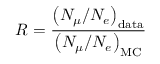
R = \frac { \left( { N _ { \mu } } / { N _ { e } } \right) _ { \mathrm { d a t a } } } { \left( { N _ { \mu } } / { N _ { e } } \right) _ { \mathrm { M C } } }